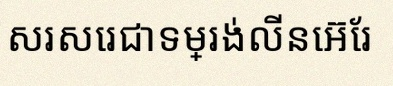
សរសេរជាទម្រង់លីនេអ៊ែរ